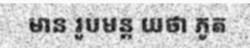
មាន រូបមន្ត យថា ភូត